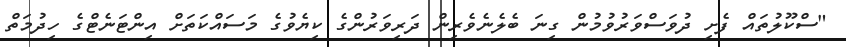
"ސްކޫލުތައް ފެށި ދުވަސްވަރުވުމުން ގިނަ ބެލެނެވެރިން ދަރިވަރުންގެ ކިޔެވުގެ މަސައްކަތަށް އިންޓަނެޓްގެ ހިދުމަތް